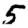
Digit: 5